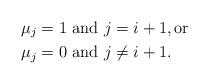
LaTeX: \begin{align*} \mu_j=1 & \mbox{ and } j=i+1,\mbox{or} \\ \mu_j=0 &\mbox{ and } j\neq i+1.\end{align*}